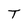
Character: T